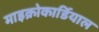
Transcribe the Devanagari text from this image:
माइक्रोकार्डियाल